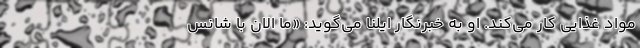
مواد غذایی کار می‌کند. او به خبرنگار ایلنا می‌گوید: «ما الان با شانس